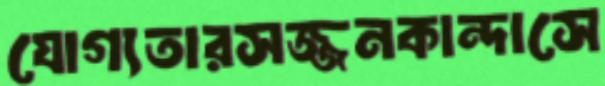
যোগ্যতারসজ্জনকান্দাসে